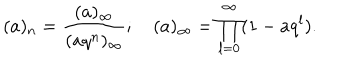
( a ) _ { n } = \frac { ( a ) _ { \infty } } { ( a q ^ { n } ) _ { \infty } } ; \quad ( a ) _ { \infty } = \prod _ { l = 0 } ^ { \infty } ( 1 - a q ^ { l } ) .